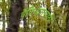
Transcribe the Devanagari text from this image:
वैविध्यतेसाठी